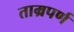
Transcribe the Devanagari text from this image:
ताम्रपर्ण